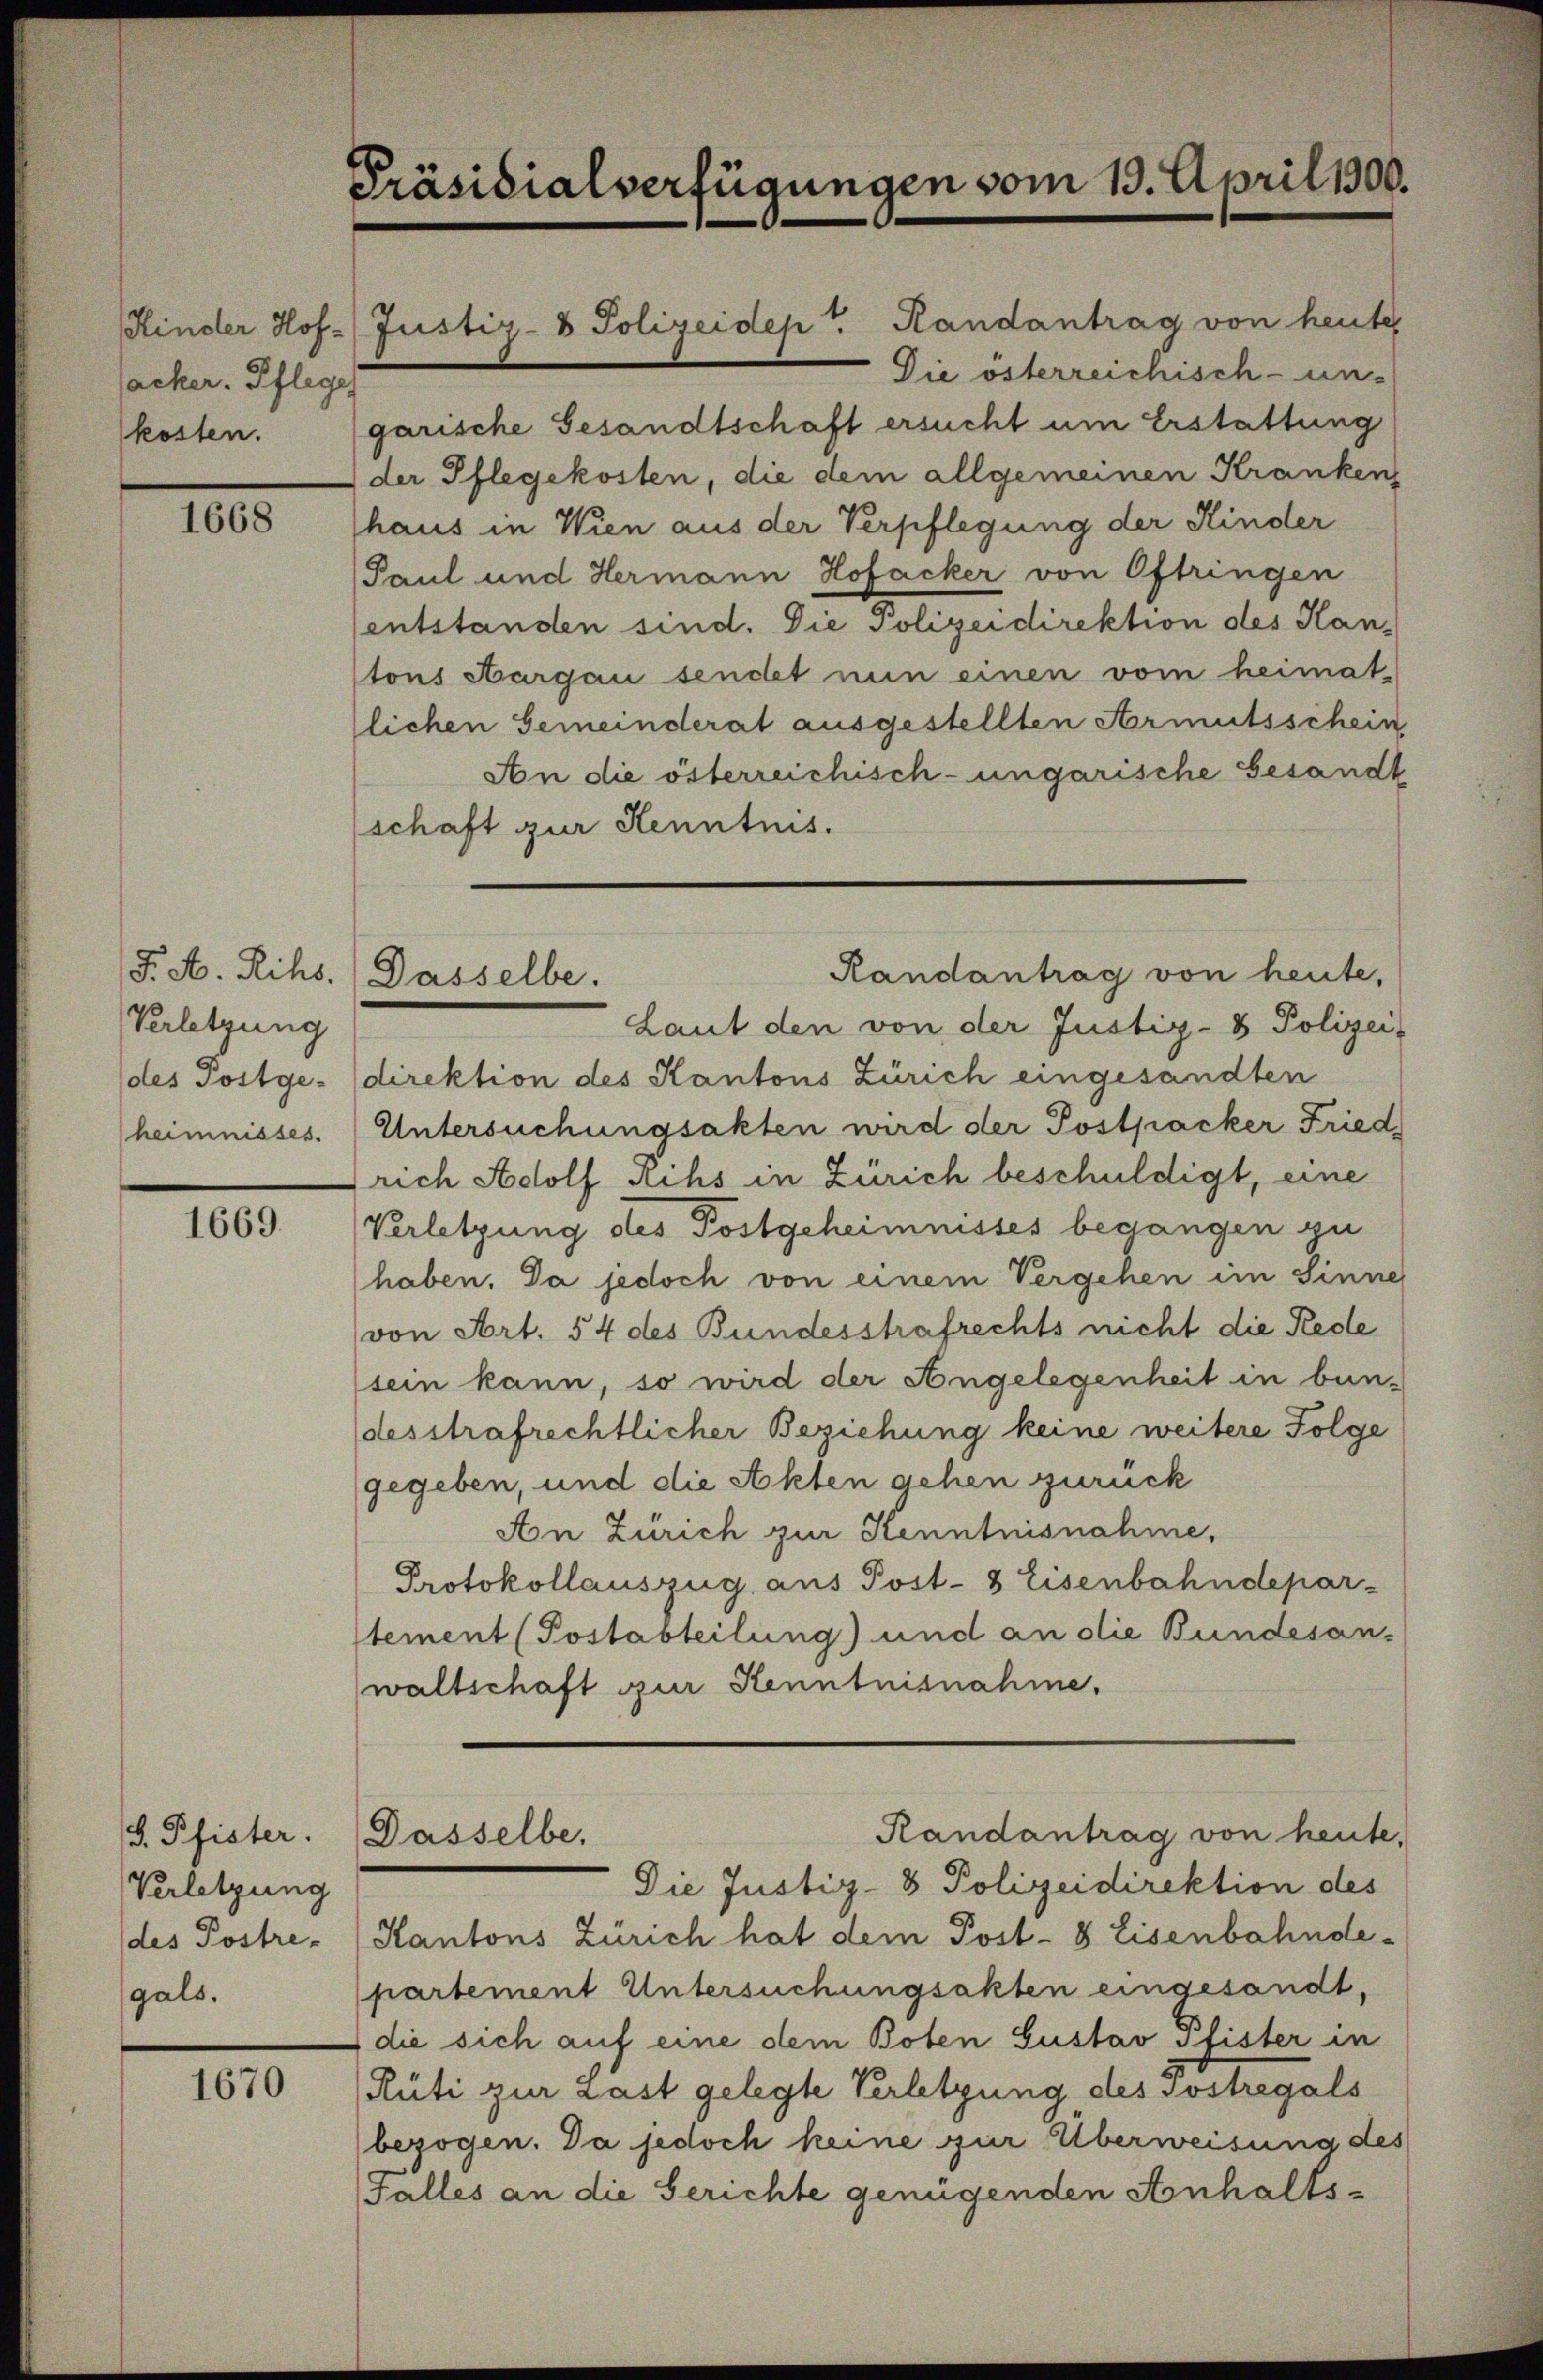
Kinder Hofacker. Pfleges
kosten.

1668

J. A. Rihs.
Verletzung
des Postge-
heimnisses.

1669.

d. Pfister.
Verletzung
gals.

1670

Präsidialverfügungen vom 15. April 1800.

garische Gesandtschaft ersucht um Erstattung
der Pflegekosten, die dem allgemeinen Kranken,
haus in Wien aus der Verpflegung der Kinder
Paul und Hermann Hofacker von Oftringen
entstanden sind. Die Polizeidirektion des Hantons Aargau sendet nun einen vom heimat-
lichen Gemeinderat ausgestellten Armutsschein
An die österreichisch-ungarische Gesandt
schaft zur Kenntnis.
Laut den von der Justiz- & Polizei-
direktion des Kantons Zürich eingesandten
Untersuchungsakten wird der Postpacker Fried
rich Adolf schs in Zürich beschuldigt, eine
Verletzung des Postgeheimnisses begangen zu
haben. Da jedoch von einem Vergehen im Sinne
von Art. 54 des Bundesstrafrechts nicht die Rede
sein kann, so wird der Angelegenheit in bun-
desstrafrechtlicher Beziehung keine weitere Folge
gegeben, und die Akten gehen zurück
An Zürich zur Kenntnisnahme,
Protokollauszug aus Post- & Eisenbahndepar-
tement (Postabteilung) und an die Bundesan-
waltschaft zur Kenntnisnahme.
Randantrag von heute,
Dasselbe,
Die Justiz- & Polizeidirektion des
(des Postre - Kantons Zürich hat dem Post- 8 Eisenbahnde-
partement Untersuchungsakten eingesandt.
die sich auf eine dem Boten Gustav Pfister in
Rüti zur Last gelegte Verletzung des Sostregals
bezogen. Da jedoch keine zur Überweisung des
(Falles an die Gerichte genügenden Anhalts-

Randantrag von heute,
Dasselbe.

Justiz- & Polizeiden Handantrag von heutes
Die österreichisch-un-